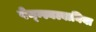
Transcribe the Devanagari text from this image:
पेन्न्स्यल्वानिया